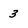
Character: 3